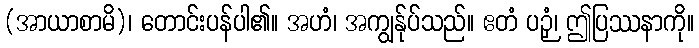
(အာယာစာမိ)၊ တောင်းပန်ပါ၏။ အဟံ၊ အကျွန်ုပ်သည်။ ဧတံ ပဉှံ၊ ဤပြဿနာကို။